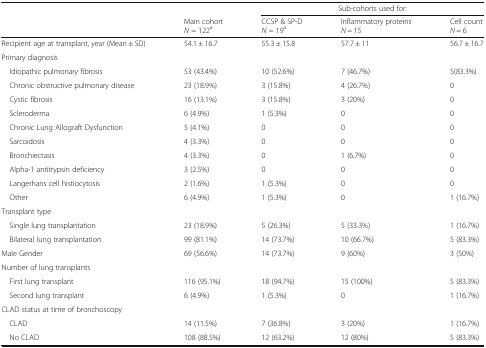
<table><thead><tr><td rowspan="2"></td><td></td><td colspan="3"><b>Sub-cohorts used for:</b></td></tr><tr><td><b>Main cohort<i>N</i> = 122<sup>a</sup></b></td><td><b>CCSP &amp; SP-D<i>N</i> = 19<sup>a</sup></b></td><td><b>Inflammatory proteins<i>N</i> = 15</b></td><td><b>Cell count<i>N</i> = 6</b></td></tr></thead><tbody><tr><td>Recipient age at transplant, year (Mean ± SD)</td><td>54.1 ± 16.7</td><td>55.3 ± 15.8</td><td>57.7 ± 11</td><td>56.7 ± 16.7</td></tr><tr><td colspan="5">Primary diagnosis</td></tr><tr><td> Idiopathic pulmonary fibrosis</td><td>53 (43.4%)</td><td>10 (52.6%)</td><td>7 (46.7%)</td><td>5(83.3%)</td></tr><tr><td> Chronic obstructive pulmonary disease</td><td>23 (18.9%)</td><td>3 (15.8%)</td><td>4 (26.7%)</td><td>0</td></tr><tr><td> Cystic fibrosis</td><td>16 (13.1%)</td><td>3 (15.8%)</td><td>3 (20%)</td><td>0</td></tr><tr><td> Scleroderma</td><td>6 (4.9%)</td><td>1 (5.3%)</td><td>0</td><td>0</td></tr><tr><td> Chronic Lung Allograft Dysfunction</td><td>5 (4.1%)</td><td>0</td><td>0</td><td>0</td></tr><tr><td> Sarcoidosis</td><td>4 (3.3%)</td><td>0</td><td>0</td><td>0</td></tr><tr><td> Bronchiectasis</td><td>4 (3.3%)</td><td>0</td><td>1 (6.7%)</td><td>0</td></tr><tr><td> Alpha-1 antitrypsin deficiency</td><td>3 (2.5%)</td><td>0</td><td>0</td><td>0</td></tr><tr><td> Langerhans cell histiocytosis</td><td>2 (1.6%)</td><td>1 (5.3%)</td><td>0</td><td>0</td></tr><tr><td> Other</td><td>6 (4.9%)</td><td>1 (5.3%)</td><td>0</td><td>1 (16.7%)</td></tr><tr><td colspan="5">Transplant type</td></tr><tr><td> Single lung transplantation</td><td>23 (18.9%)</td><td>5 (26.3%)</td><td>5 (33.3%)</td><td>1 (16.7%)</td></tr><tr><td> Bilateral lung transplantation</td><td>99 (81.1%)</td><td>14 (73.7%)</td><td>10 (66.7%)</td><td>5 (83.3%)</td></tr><tr><td>Male Gender</td><td>69 (56.6%)</td><td>14 (73.7%)</td><td>9 (60%)</td><td>3 (50%)</td></tr><tr><td colspan="5">Number of lung transplants</td></tr><tr><td> First lung transplant</td><td>116 (95.1%)</td><td>18 (94.7%)</td><td>15 (100%)</td><td>5 (83.3%)</td></tr><tr><td> Second lung transplant</td><td>6 (4.9%)</td><td>1 (5.3%)</td><td>0</td><td>1 (16.7%)</td></tr><tr><td colspan="5">CLAD status at time of bronchoscopy</td></tr><tr><td> CLAD</td><td>14 (11.5%)</td><td>7 (36.8%)</td><td>3 (20%)</td><td>1 (16.7%)</td></tr><tr><td> No CLAD</td><td>108 (88.5%)</td><td>12 (63.2%)</td><td>12 (80%)</td><td>5 (83.3%)</td></tr></tbody></table>